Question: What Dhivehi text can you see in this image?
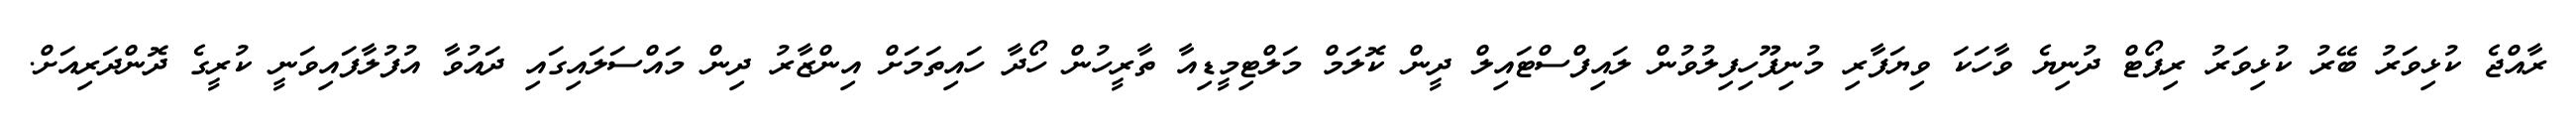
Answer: ރާއްޖެ ކުޅިވަރު ބޭރު ކުޅިވަރު ރިޕޯޓް ދުނިޔެ ވާހަކަ ވިޔަފާރި މުނިފޫހިފިލުވުން ލައިފްސްޓައިލް ދީން ކޮލަމް މަލްޓިމީޑިއާ ތާރީހުން ހޯދާ ހައިތަމަށް އިންޒާރު ދިން މައްސަލައިގައި ދައުވާ އުފުލާފައިވަނީ ކުރީގެ ދޮންދަރިއަށް.